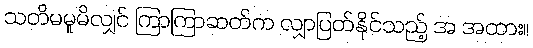
သတိမမူမိလျှင် ကြာကြာဆတ်က လျှာပြတ်နိုင်သည့် အ အထား။